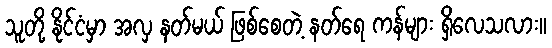
သူတို့ နိုင်ငံမှာ အလှ နတ်မယ် ဖြစ်စေတဲ့ နတ်ရေ ကန်များ ရှိလေသလား။